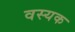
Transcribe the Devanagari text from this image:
वस्यक